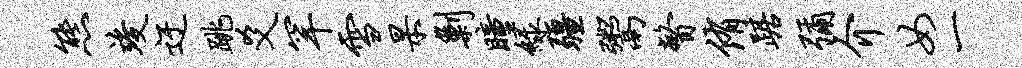
熊竣迂跳爻罕雪杲剿瞳绿疆鬻瞥侑踞弥介女一